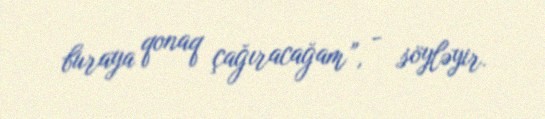
buraya qonaq çağıracağam”, - söyləyir.